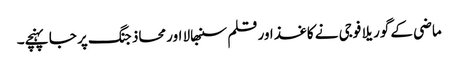
ماضی کے گوریلا فوجی نے کاغذ اور قلم سنبھالا اور محاذ جنگ پر جا پہنچے۔